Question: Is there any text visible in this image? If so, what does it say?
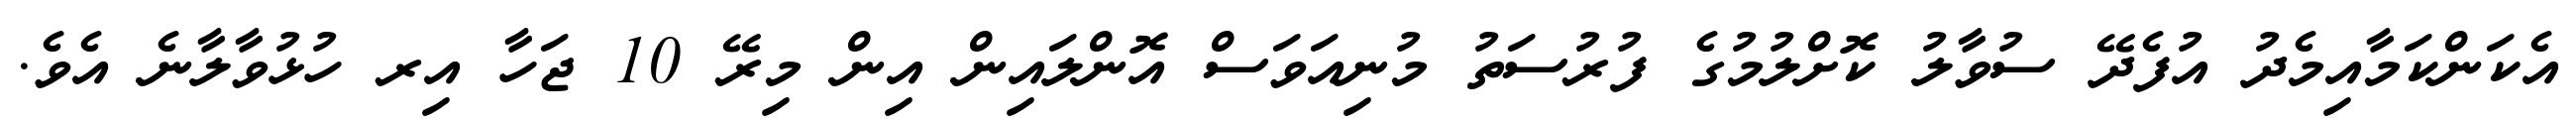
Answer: އެކަންކަމާއިމެދު އުފެދޭ ސުވާލު ކޮށްލުމުގެ ފުރުސަތު މުނިއަވަސް އޮންލައިން އިން މިރޭ 10 ޖަހާ އިރ ހުޅުވާލާނެ އެވެ.